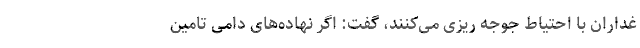
غداران با احتیاط جوجه ریزی می‌کنند، گفت: اگر نهاده‌های دامی تامین